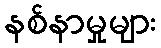
နစ်နာမှုများ